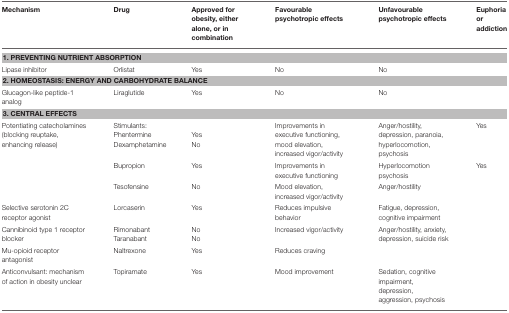
<table><thead><tr><td><b>Mechanism</b></td><td><b>Drug</b></td><td><b>Approved for obesity, either alone, or in combination</b></td><td><b>Favourable psychotropic effects</b></td><td><b>Unfavourable psychotropic effects</b></td><td><b>Euphoria or addiction</b></td></tr></thead><tbody><tr><td colspan="6"><b>1. PREVENTING NUTRIENT ABSORPTION</b></td></tr><tr><td>Lipase inhibitor</td><td>Orlistat</td><td>Yes</td><td>No</td><td>No</td><td></td></tr><tr><td colspan="6"><b>2. HOMEOSTASIS: ENERGY AND CARBOHYDRATE BALANCE</b></td></tr><tr><td>Glucagon-like peptide-1 analog</td><td>Liraglutide</td><td>Yes</td><td>No</td><td>No</td><td></td></tr><tr><td colspan="6"><b>3. CENTRAL EFFECTS</b></td></tr><tr><td>Potentiating catecholamines (blocking reuptake, enhancing release)</td><td>Stimulants: Phentermine Dexamphetamine</td><td>Yes No</td><td>Improvements in executive functioning, mood elevation, increased vigor/activity</td><td>Anger/hostility, depression, paranoia, hyperlocomotion, psychosis</td><td>Yes</td></tr><tr><td></td><td>Bupropion</td><td>Yes</td><td>Improvements in executive functioning</td><td>Hyperlocomotion psychosis</td><td>Yes</td></tr><tr><td></td><td>Tesofensine</td><td>No</td><td>Mood elevation, increased vigor/activity</td><td>Anger/hostility</td><td></td></tr><tr><td>Selective serotonin 2C receptor agonist</td><td>Lorcaserin</td><td>Yes</td><td>Reduces impulsive behavior</td><td>Fatigue, depression, cognitive impairment</td><td></td></tr><tr><td>Cannibinoid type 1 receptor blocker</td><td>Rimonabant Taranabant</td><td>No No</td><td>Increased vigor/activity</td><td>Anger/hostility, anxiety, depression, suicide risk</td><td></td></tr><tr><td>Mu-opioid receptor antagonist</td><td>Naltrexone</td><td>Yes</td><td>Reduces craving</td><td></td><td></td></tr><tr><td>Anticonvulsant: mechanism of action in obesity unclear</td><td>Topiramate</td><td>Yes</td><td>Mood improvement</td><td>Sedation, cognitive impairment, depression, aggression, psychosis</td><td></td></tr></tbody></table>